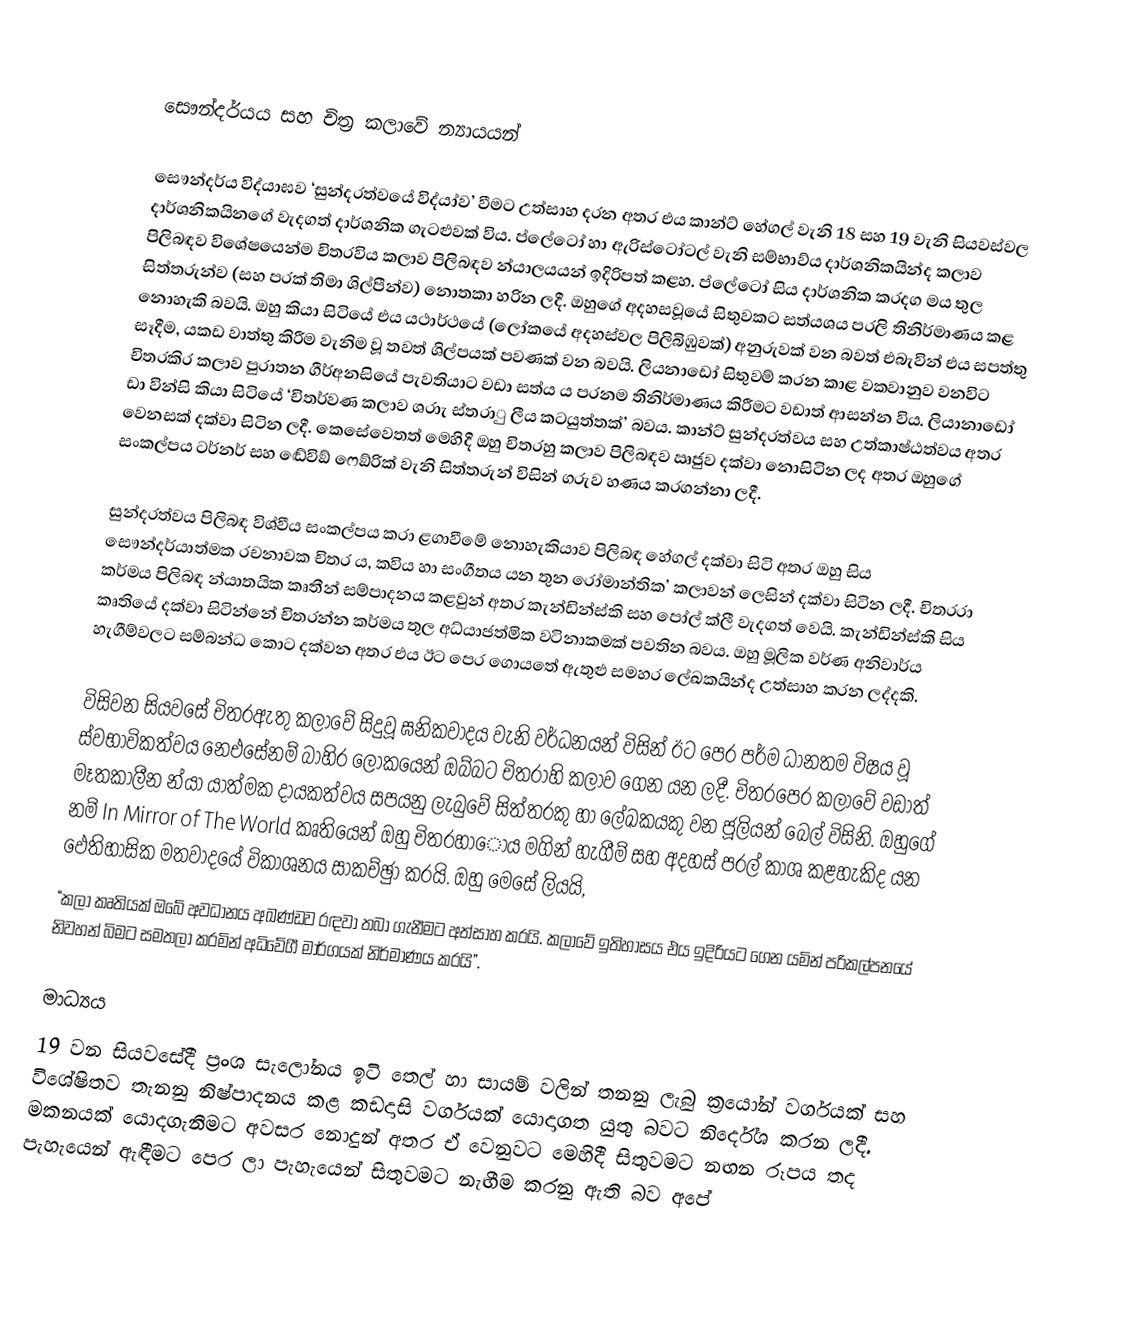

සෞන්දර්යය සහ චිත්‍ර කලාවේ න්‍යායයන්

සෞන්දර්ය විද්යාඝව ‘සුන්දරත්වයේ විද්යා්ව’ වීමට උත්සාහ දරන අතර එය කාන්ට් හේගල් වැනි 18 සහ 19 වැනි සියවස්වල දාර්ශනිකයිනගේ වැදගත් දාර්ශනික ගැටළුවක් විය. ප්ලේටෝ හා ඇරිස්ටෝටල් වැනි සම්භාව්ය  දාර්ශනිකයින්ද කලාව පිලිබඳව විශේෂයෙන්ම චිතරවිය කලාව පිලිබඳව න්යාලයයන් ඉදිරිපත් කළහ. ප්ලේටෝ සිය දාර්ශනික කරදග මය තුල සිත්තරුන්ව (සහ පරක් තිමා ශිල්පීන්ව) නොතකා හරින ලදී. ඔහුගේ අදහසවූයේ සිතුවකට සත්යශය පරලි තිනිර්මාණය කළ නොහැකි බවයි. ඔහු කියා සිටියේ එය යථාර්ථයේ (ලෝකයේ අදහස්වල පිලිබිඹුවක්) අනුරුවක් වන බවත් එබැවින් එය සපත්තු සෑදීම, යකඩ වාත්තු කිරීම වැනිම වූ තවත් ශිල්පයක් පවණක් වන බවයි. ලියනාඩෝ සිතුවම් කරන කාළ වකවානුව වනවිට චිතරකිර කලාව පුරාතන ගීර්අනසියේ පැවතියාට වඩා සත්ය ය පරනම තිනිර්මාණය කිරීමට වඩාත් ආසන්න විය. ලියානාඩෝ ඩා වින්සි කියා සිටියේ ‘චිතර්වණ කලාව ශරාැ  ස්තරාු  ලීය කටයුත්තක්’ බවය. කාන්ට් සුන්දරත්වය සහ උත්කාෂ්ඨත්වය අතර වෙනසක් දක්වා සිටින ලදී. කෙසේවෙතත් මෙහිදී ඔහු චිතර‍හු කලාව පිලිබඳව ඍජුව දක්වා නොසිටින ලද අතර ඔහුගේ සංකල්පය ටර්නර් සහ ඬේවිඞ් ෆෙඞ්රික් වැනි සිත්තරුන් විසින් ගරුව හණය කරගන්නා ලදී.

සුන්දරත්වය පිලිබඳ විශ්වීය සංකල්පය කරා ළගාවීමේ නොහැකියාව පිලිබඳ හේගල් දක්වා සිටි අතර ඔහු සිය සෞන්දර්යාත්මක රචනාවක චිතර   ය, කවිය හා සංගීතය යන තුන රෝමාන්තික’ කලාවන් ලෙසින් දක්වා සිටින ලදී. චිතර‍රා කර්මය පිලිබඳ න්යාතයික කෘතීන් සම්පාදනය කළවුන් අතර කැන්ඩින්ස්කි සහ පෝල් ක්ලී වැදගත් වෙයි. කැන්ඩින්ස්කි සිය කෘතියේ දක්වා සිටින්නේ චිතරන්න කර්මය තුල අධ්යාජත්මික වටිනාකමක් පවතින බවය. ඔහු මූලික වර්ණ අනිවාර්ය හැගීම්වලට සම්බන්ධ කොට දක්වන අතර එය ඊට පෙර ගොයතේ ඇතුළු සමහර ලේඛකයින්ද උත්සාහ කරන ලද්දකි.

විසිවන සියවසේ චිතරඇතු කලාවේ සිදුවූ ඝනිකවාදය වැනි වර්ධනයන් විසින් ඊට පෙර පර්ම ධානතම විෂය වූ ස්වභාවිකත්වය නෙඑසේනම් බාහිර ලෝකයෙන් ඔබ්බට චිතරාහි කලාව ගෙන යන ලදී. චිතරපෙර කලාවේ වඩාත් මෑතකාලීන න්යා යාත්මක දායකත්වය සපයනු ලැබුවේ සිත්තරකු හා ලේඛකයකු වන ජූලියන් බෙල් විසිනි. ඔහුගේ නම් In Mirror of The World කෘතියෙන් ඔහු චිතරහාෝය මගින් හැගීම් සහ අදහස් පරල් කාශ කළහැකිද යන ඵෙතිහාසික මතවාදයේ විකාශනය සාකච්ඡුා කරයි. ඔහු මෙසේ ලියයි,
“කලා කෘතියක් ඔබේ අවධානය අඛණ්ඩව රඳවා තබා ගැනීමට අත්සාහ කරයි. කලාවේ ඉතිහාසය එය ඉදිරියට ගෙන යමින් පරිකල්පනයේ නිවහන් බිමට සමතලා කරමින් අධිවේගී මාර්ගයක් නිර්මාණය කරයි”.

මාධ්‍යය
19 වන සියවසේදී ප‍්‍රංශ සැලෝනය ඉටි තෙල් හා සායම් වලින් තනනු ලැබු ක‍්‍රයෝන් වර්ගයක් සහ විශේෂිතව තැනනු නිෂ්පාදනය කළ කඩදාසි වර්ගයක් යොදාගත යුතු බවට නිර්දේශ කරන ලදී. මකනයක් යොදගැනීමට අවසර නොදුන් අතර ඒ වෙනුවට මෙහිදී සිතුවමට නඟන රූපය තද පැහැයෙන් ඇඳීමට පෙර ලා පැහැයෙන් සිතුවමට නැඟීම කරනු ඇති බව අපේ